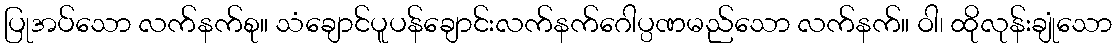
ပြုအပ်သော လက်နက်စု။ သံချောင်ပူပန်ချောင်းလက်နက်ဂေါပ္ပဏမည်သော လက်နက်။ ဝါ၊ ထိုလုန်းချုံသော